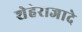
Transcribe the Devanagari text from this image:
शेहेराजादे